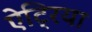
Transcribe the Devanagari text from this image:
ऐट्रिया